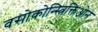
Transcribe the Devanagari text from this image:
वसोकोन्स्त्रिक्तिओन